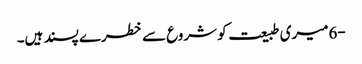
-6میری طبیعت کو شروع سے خطرے پسند ہیں۔